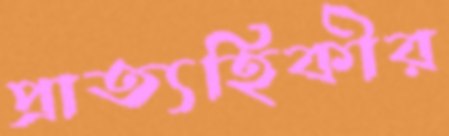
প্রাত্যহিকীর